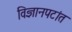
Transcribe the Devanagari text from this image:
विज्ञानपटांत